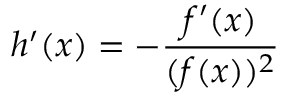
h ^ { \prime } ( x ) = - { \frac { f ^ { \prime } ( x ) } { ( f ( x ) ) ^ { 2 } } }